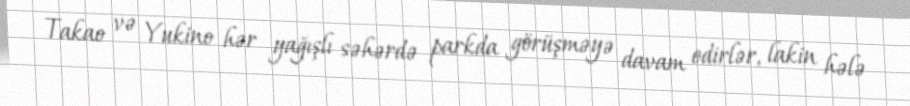
Takao və Yukino hər yağışlı səhərdə parkda görüşməyə davam edirlər, lakin hələ